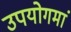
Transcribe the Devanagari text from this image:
उपयोगमां